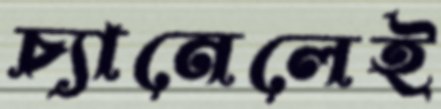
চ্যানেলেই